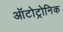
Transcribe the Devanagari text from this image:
ऑटोट्रोनिक